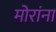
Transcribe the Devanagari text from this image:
मोरांना